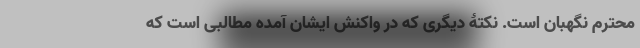
محترم نگهبان است. نکتۀ دیگری که در واکنش ایشان آمده مطالبی است که